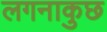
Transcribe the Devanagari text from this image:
लगनाकुछ